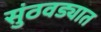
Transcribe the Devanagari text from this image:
सुंठवड्यात